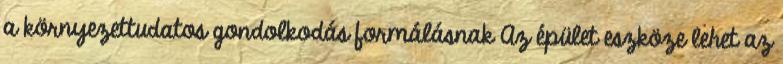
a környezettudatos gondolkodás formálásnak Az épület eszköze lehet az